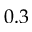
0 . 3